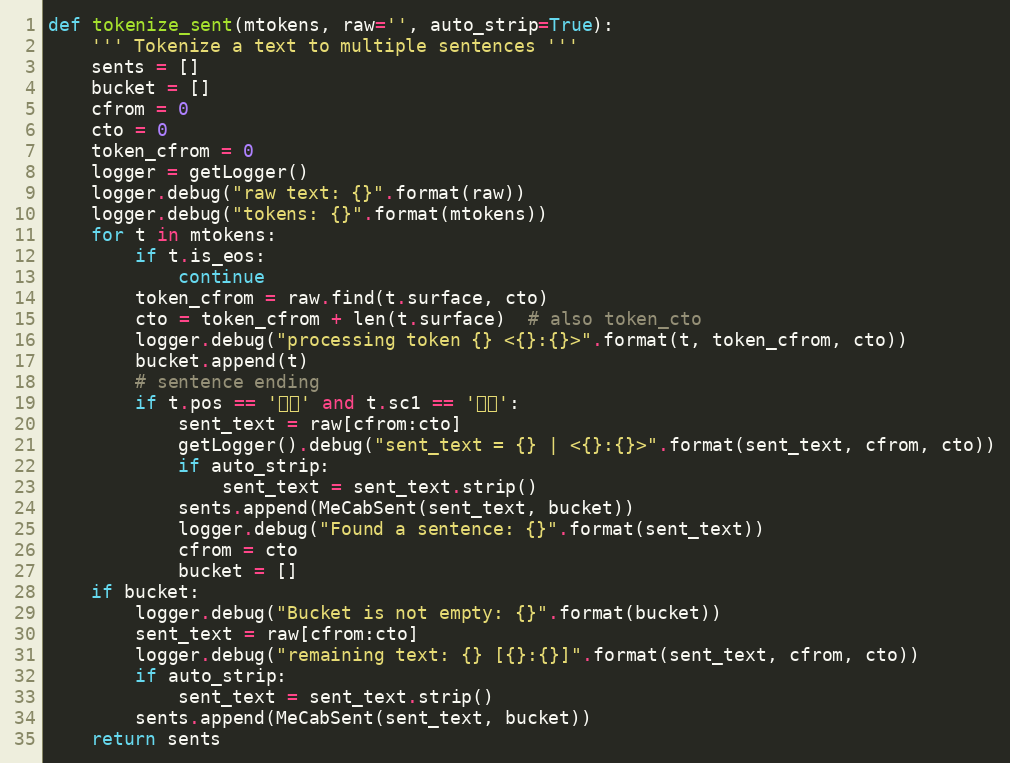
Language: Python
def tokenize_sent(mtokens, raw='', auto_strip=True):
    ''' Tokenize a text to multiple sentences '''
    sents = []
    bucket = []
    cfrom = 0
    cto = 0
    token_cfrom = 0
    logger = getLogger()
    logger.debug("raw text: {}".format(raw))
    logger.debug("tokens: {}".format(mtokens))
    for t in mtokens:
        if t.is_eos:
            continue
        token_cfrom = raw.find(t.surface, cto)
        cto = token_cfrom + len(t.surface)  # also token_cto
        logger.debug("processing token {} <{}:{}>".format(t, token_cfrom, cto))
        bucket.append(t)
        # sentence ending
        if t.pos == '記号' and t.sc1 == '句点':
            sent_text = raw[cfrom:cto]
            getLogger().debug("sent_text = {} | <{}:{}>".format(sent_text, cfrom, cto))
            if auto_strip:
                sent_text = sent_text.strip()
            sents.append(MeCabSent(sent_text, bucket))
            logger.debug("Found a sentence: {}".format(sent_text))
            cfrom = cto
            bucket = []
    if bucket:
        logger.debug("Bucket is not empty: {}".format(bucket))
        sent_text = raw[cfrom:cto]
        logger.debug("remaining text: {} [{}:{}]".format(sent_text, cfrom, cto))
        if auto_strip:
            sent_text = sent_text.strip()
        sents.append(MeCabSent(sent_text, bucket))
    return sents